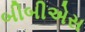
બીબીએસ